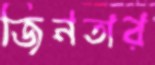
জিনতার